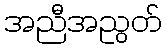
အညီအညွတ်